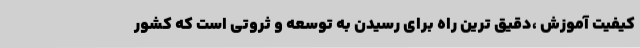
کیفیت آموزش ،دقیق ترین راه برای رسیدن به توسعه و ثروتی است که کشور